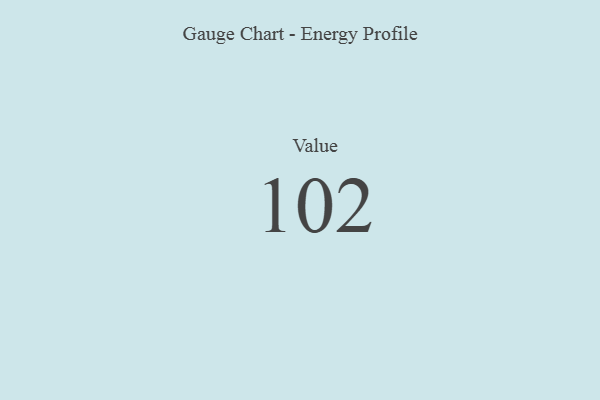
{"axis": {"x": "Metric", "y": "Value"}, "legend": [""], "data": [{"x": "Value", "y": 102, "type": ""}]}